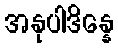
အနုပါဒိန္နေ